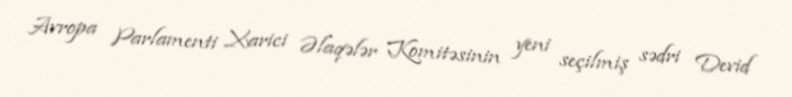
Avropa Parlamenti Xarici Əlaqələr Komitəsinin yeni seçilmiş sədri Devid